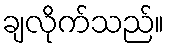
ချလိုက်သည်။